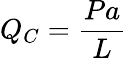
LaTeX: Q_{C}={\frac{Pa}{L}}